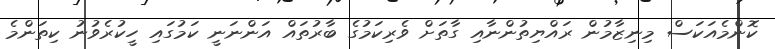
ކޮންމެއަކަސް މިނިޒާމުން ރައްޔިތުންނާއި ގާތަށް ވެރިކަމުގެ ބާރުތައް އަންނަނީ ކަމުގައި ހީކުރެވުނު ކިތަންމެ